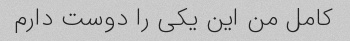
کامل من این یکی را دوست دارم